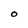
Character: O